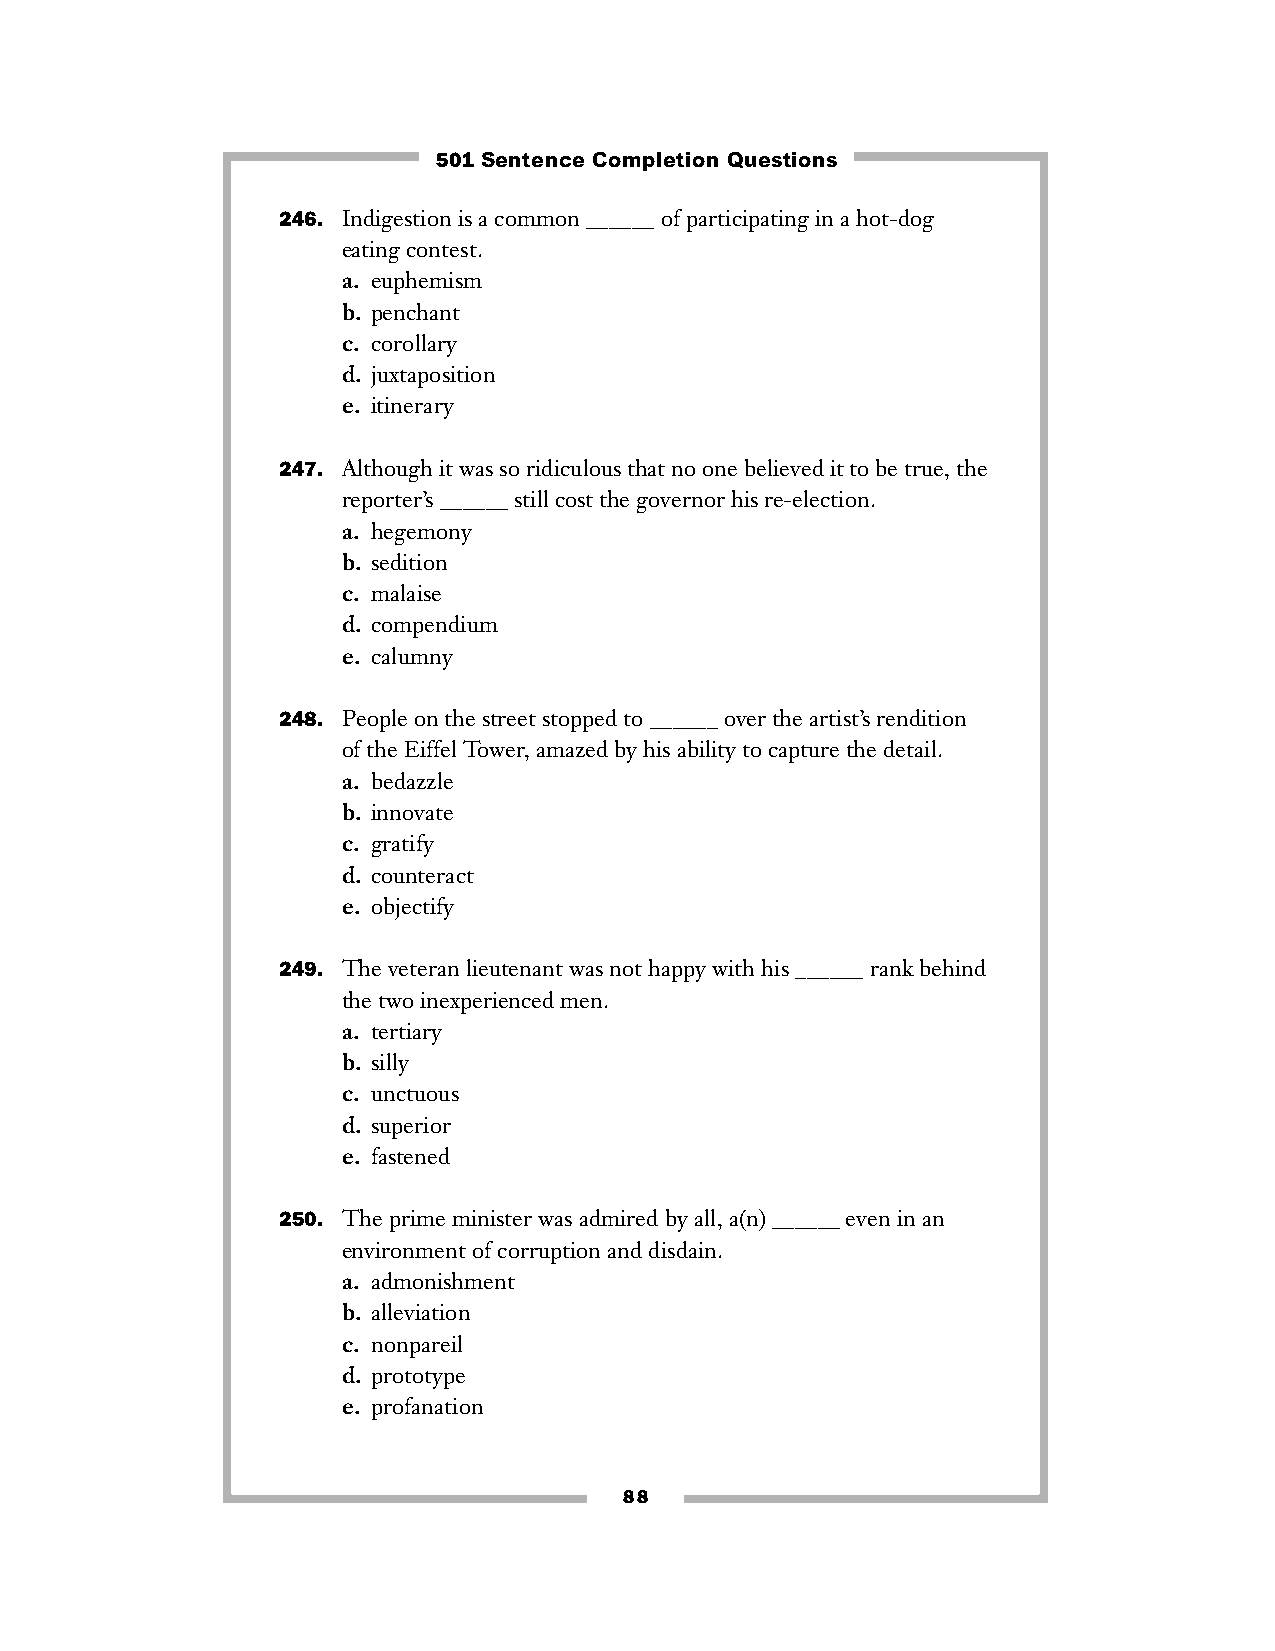
501 Sentence Completion Questions
 246. Indigestion is a common ______ of participating in a hot-dog
 eating contest.
 a. euphemism
 b. penchant
 c. corollary
 d. juxtaposition
 e. itinerary
 247. Although it was so ridiculous that no one believed it to be true, the
 reporter’s ______ still cost the governor his re-election.
 a. hegemony
 b. sedition
 c. malaise
 d. compendium
 e. calumny
 248. People on the street stopped to ______ over the artist’s rendition
 of the Eiffel Tower, amazed by his ability to capture the detail.
 a. bedazzle
 b. innovate
 c. gratify
 d. counteract
 e. objectify
 249. The veteran lieutenant was not happy with his ______ rank behind
 the two inexperienced men.
 a. tertiary
 b. silly
 c. unctuous
 d. superior
 e. fastened
 250. The prime minister was admired by all, a(n) ______ even in an
 environment of corruption and disdain.
 a. admonishment
 b. alleviation
 c. nonpareil
 d. prototype
 e. profanation
 88